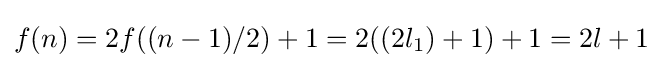
f(n)=2f((n-1)/2)+1=2((2l_{1})+1)+1=2l+1